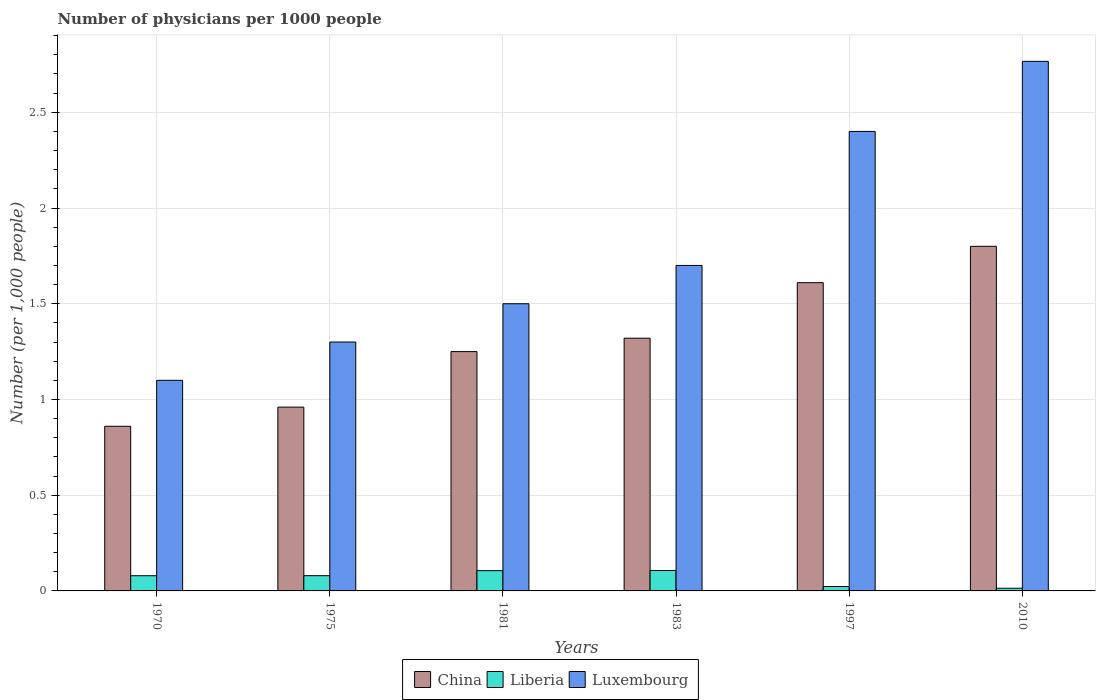
| Years | China | Liberia | Luxembourg |
 | --- | --- | --- | --- |
 | 1970 | 0.86 | 0.0794 | 1.1 |
 | 1975 | 0.96 | 0.0796 | 1.3 |
 | 1981 | 1.25 | 0.106 | 1.5 |
 | 1983 | 1.32 | 0.107 | 1.7 |
 | 1997 | 1.61 | 0.023 | 2.4 |
 | 2010 | 1.8 | 0.014 | 2.77 |